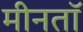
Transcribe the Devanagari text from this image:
मीनतॉ